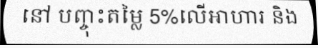
នៅ បញ្ចុះតម្លៃ 5%លើអាហារ និង